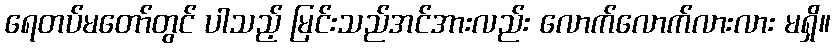
ရေတပ်မတော်တွင် ပါသည့် မြင်းသည်အင်အားလည်း လောက်လောက်လားလား မရှိ။